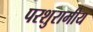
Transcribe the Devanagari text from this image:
परशुरामीय